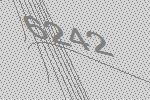
6242